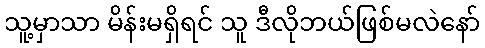
သူ့မှာသာ မိန်းမရှိရင် သူ ဒီလိုဘယ်ဖြစ်မလဲနော်